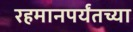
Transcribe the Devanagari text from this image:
रहमानपर्यंतच्या